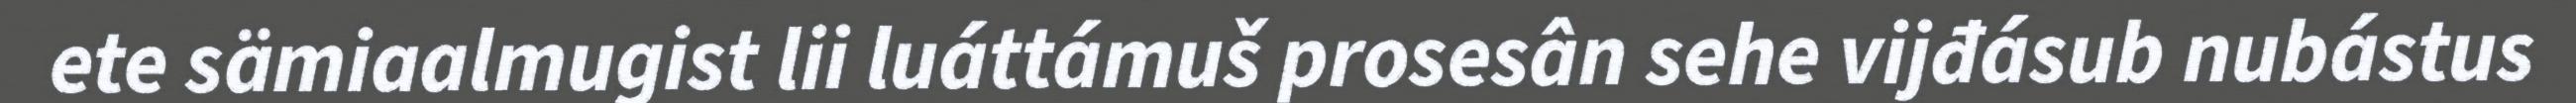
ete sämiaalmugist lii luáttámuš prosesân sehe vijđásub nubástus